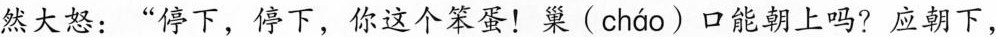
然大怒：“停下，停下，你这个笨蛋！巢( cháo )口能朝上吗?应朝下，